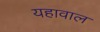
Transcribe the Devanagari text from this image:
यहावाल